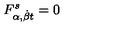
F _ { \alpha , { \dot { \beta } } t } ^ { s } = 0